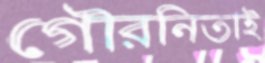
গৌরনিতাই